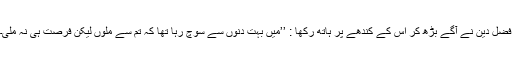
فضل دین نے آگے بڑھ کر اس کے کندھے پر ہاتھ رکھا : ’’میں بہت دنوں سے سوچ رہا تھا کہ تم سے ملوں لیکن فرصت ہی نہ ملی۔